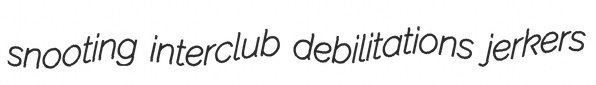
snooting interclub debilitations jerkers